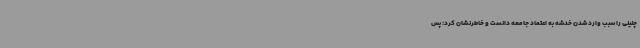
چنینی را سبب وارد شدن خدشه به اعتماد جامعه دانست و خاطرنشان کرد: پس